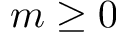
m \geq 0